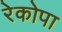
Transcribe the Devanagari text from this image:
रेकोपा